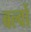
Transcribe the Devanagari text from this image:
बल्वों